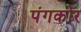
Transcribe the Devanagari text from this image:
पंगकोर